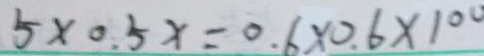
5 \times 0 . 5 x = 0 . 6 \times 0 . 6 \times 1 0 0